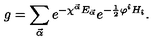
g = \sum _ { \vec { \alpha } } e ^ { - \chi ^ { \vec { \alpha } } E _ { \vec { \alpha } } } e ^ { - \frac { 1 } { 2 } \varphi ^ { \hat { \imath } } H _ { \hat { \imath } } } .